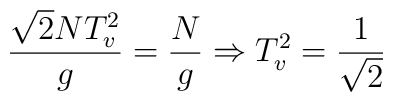
\frac{\sqrt{2}NT^2_v}{g}=\frac{N}{g} \Rightarrow T^2_v=\frac{1}{\sqrt{2}}